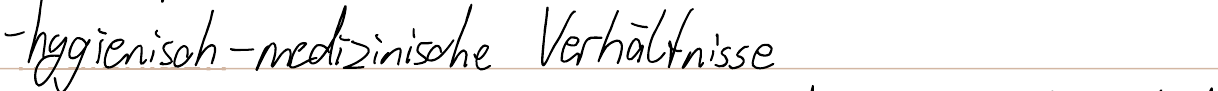
- hygienisch - medizinische Verhältnisse